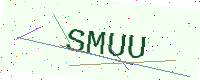
Text: SMUU